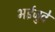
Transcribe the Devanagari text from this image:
भईजुवे